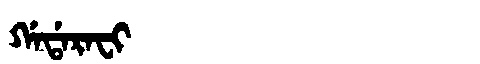
Manchu: ᡤᠠᡩᠠᡵᠠᠸᡳ
Romanization: GADARAFI